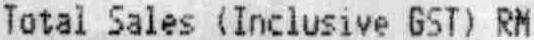
TOTAL SALES (INCLUSIVE GST) RM